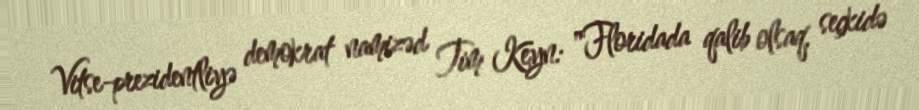
Vitse-prezidentliyə demokrat namizəd Tim Keyn: "Floridada qalib olsaq, seçkidə